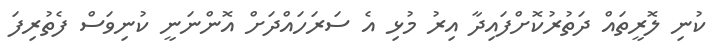
ކުނި ލޮރީތައް ދަތުރުކޮށްފައިދާ އިރު މުޅި އެ ސަރަހައްދަށް އޮންނަނީ ކުނިވަސް ފެތުރިފަ